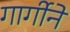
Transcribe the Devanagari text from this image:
गार्गीने